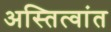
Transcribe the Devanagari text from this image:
अस्तित्वांत